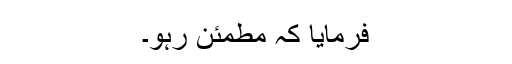
فرمایا کہ مطمئن رہو۔